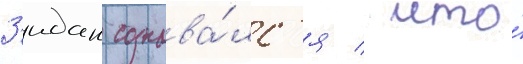
З'идан сознава́лс'я / что́